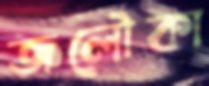
জলৌকা